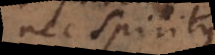
nec Spiritus